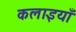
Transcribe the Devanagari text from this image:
कलाइयाँ